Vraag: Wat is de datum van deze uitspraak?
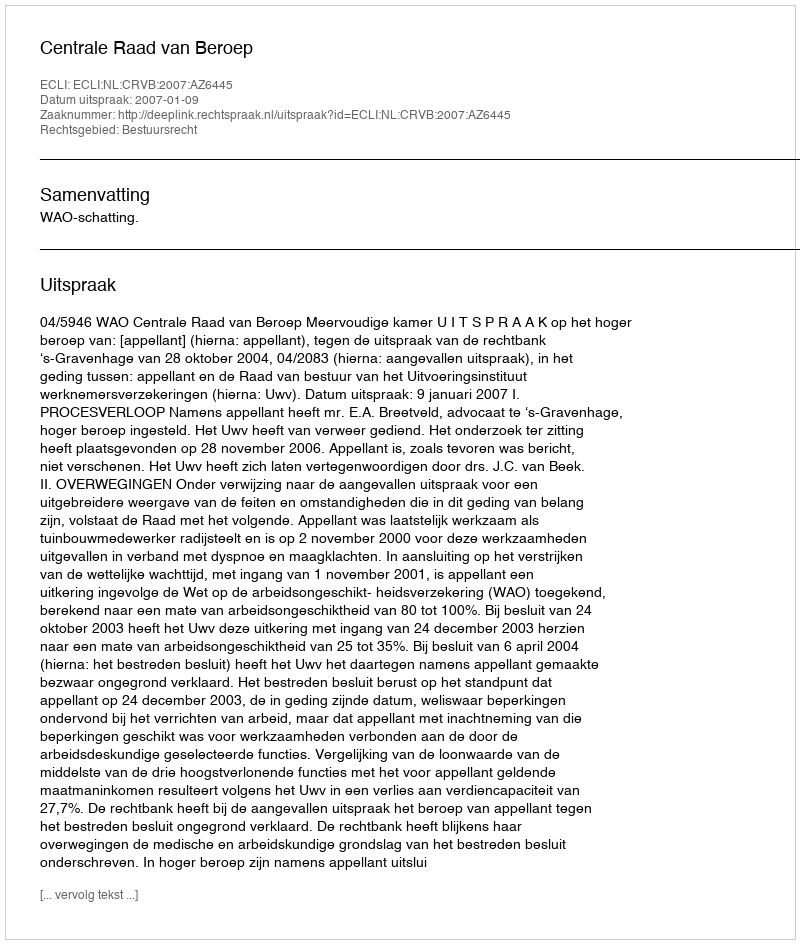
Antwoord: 2007-01-09